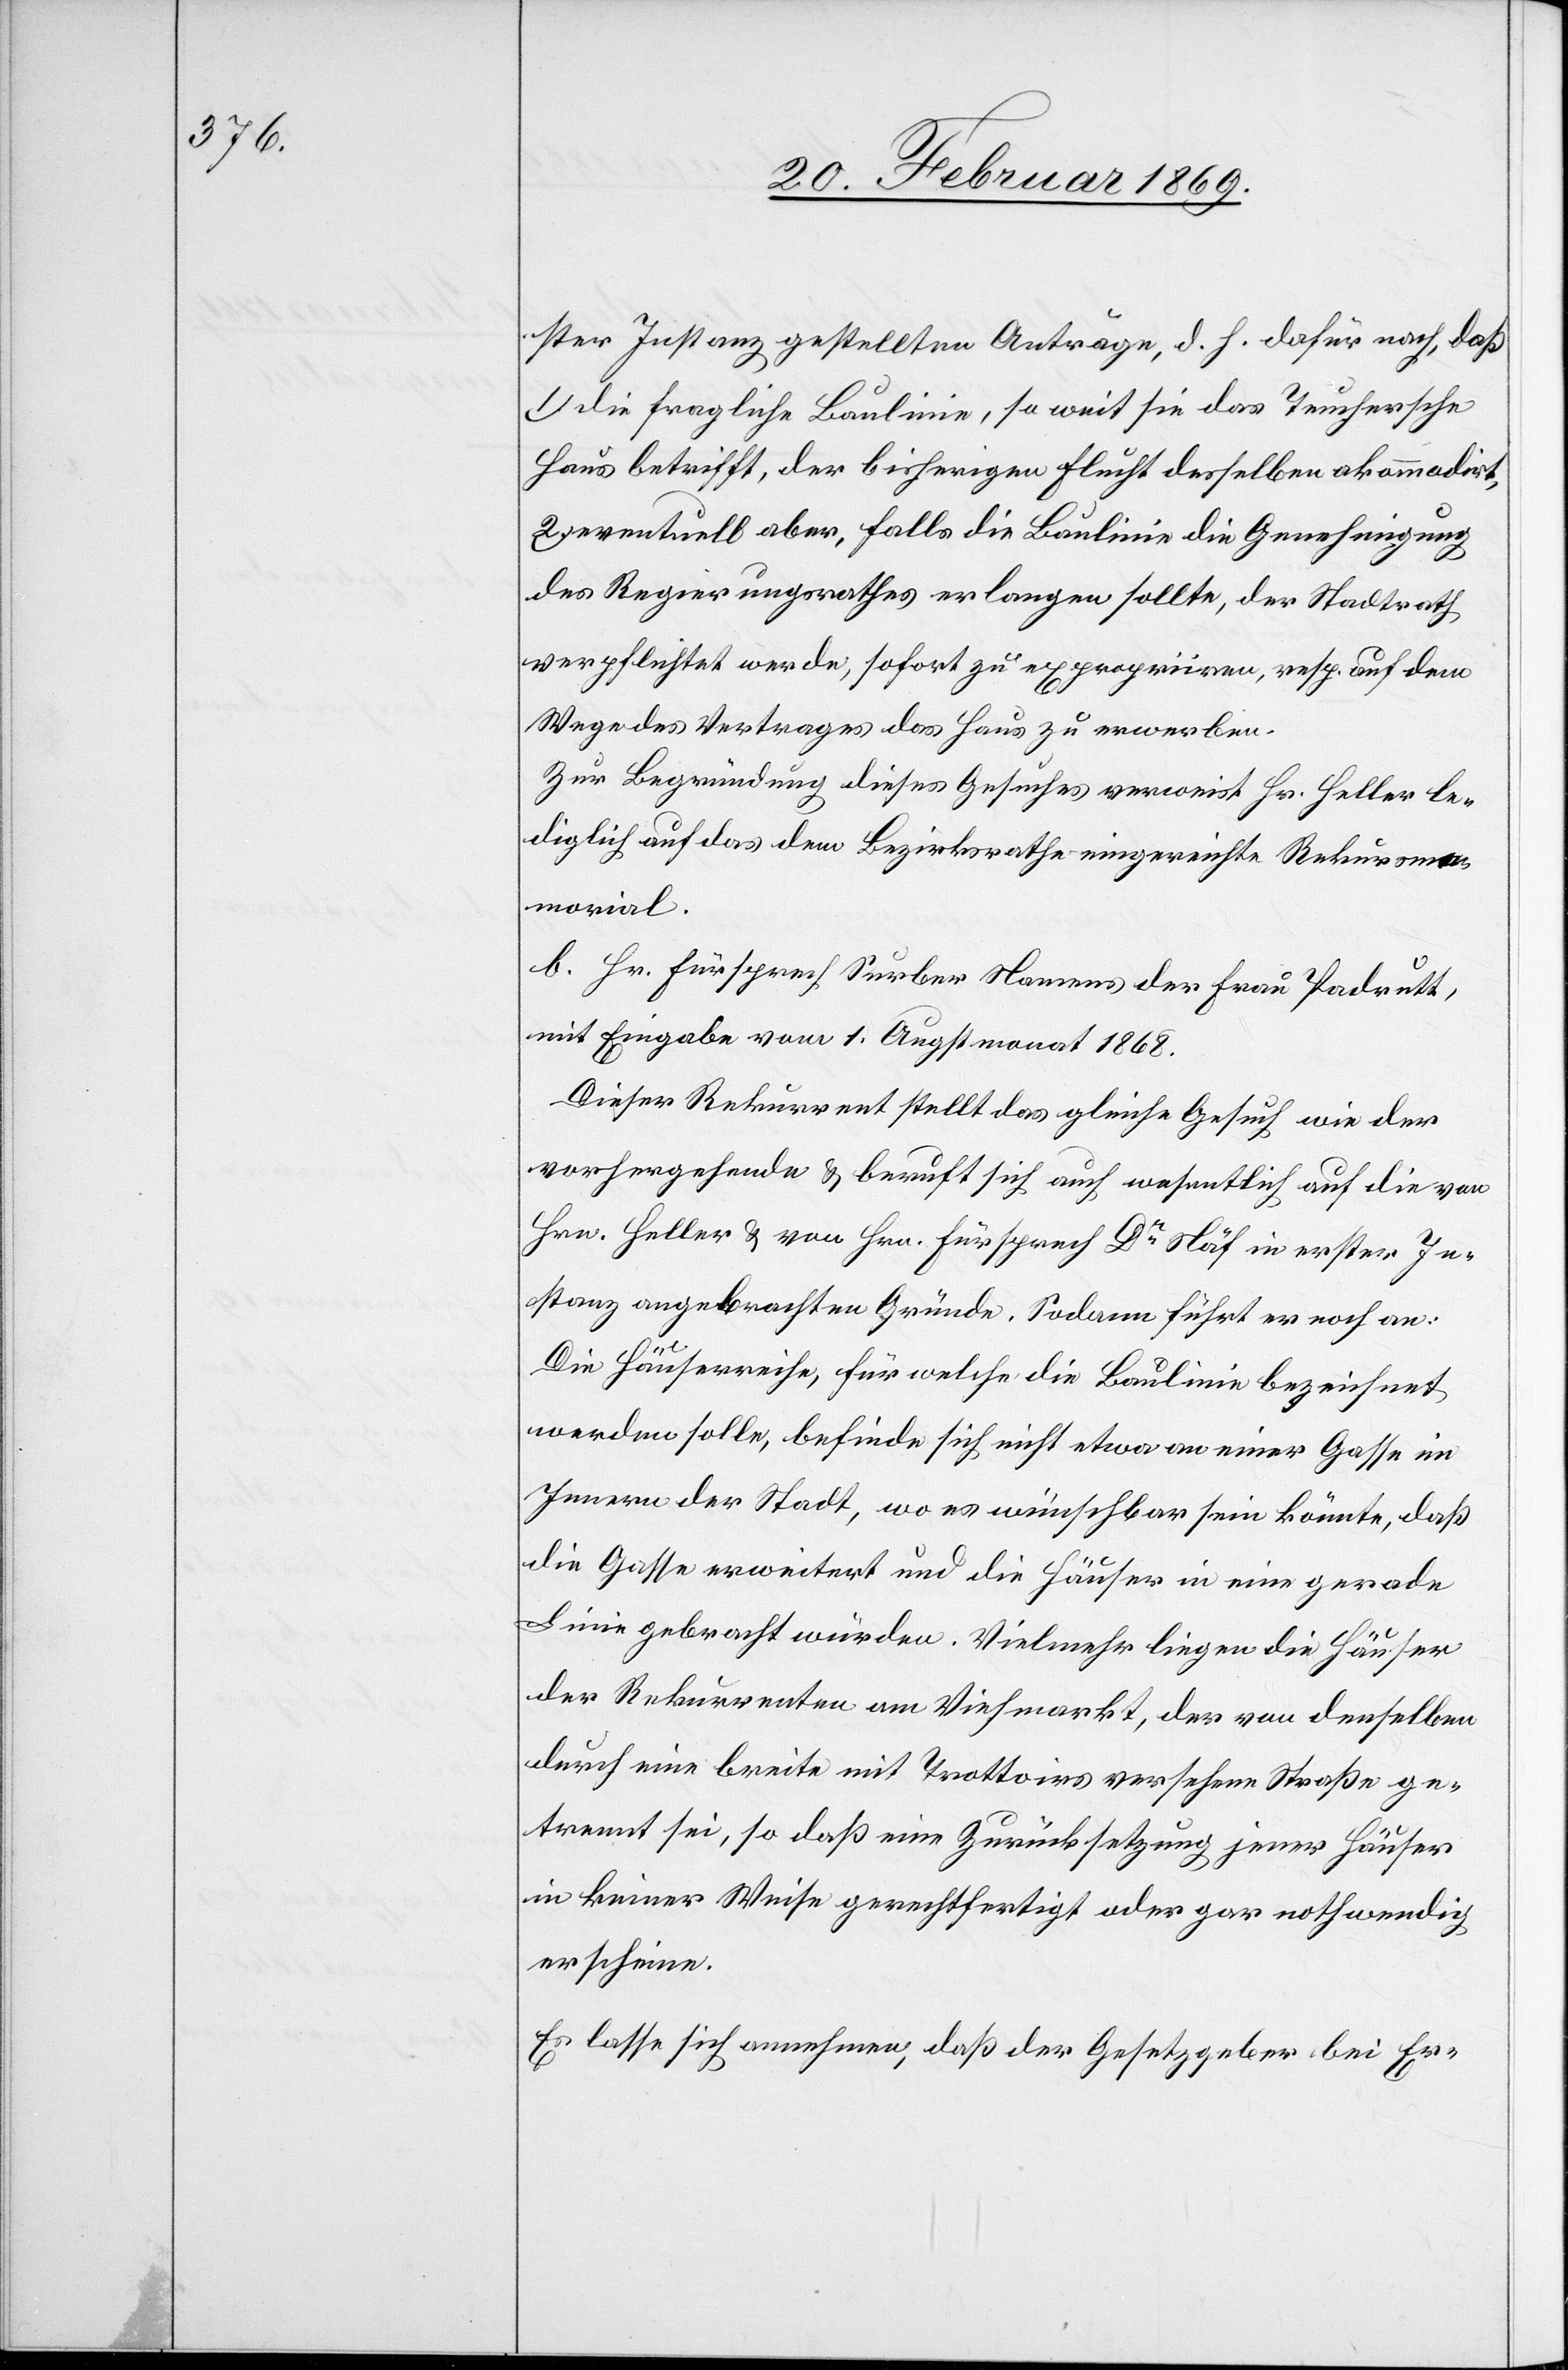
ster Instanz gestellten Anträge, d. h. dafür nach, daß
1.) die fragliche Baulinie, so weit sie das Teuchersche
Haus betrifft, der bisherigen Flucht desselben akommodirt,
eventuell aber, falls die Baulinie die Genehmigung
des Regierungsrathes erlangen sollte, der Stadtrath
verpflichtet werde, sofort zu expropriieren, resp. auf dem
Wege des Vertrages das Haus zu erwerben.
Zur Begründung dieses Gesuches verweist Hr. Heller le¬
diglich auf das dem Bezirksrathe eingereichte Rekursmat¬
erial.
B. Hr. Fürsprech Surber Namens der Frau Padrutt,
mit Eingabe vom 1. Augstmonat 1868.
Dieser Rekurrent stellt das gleiche Gesuch wie der
vorhergehende u. beruft sich auch wesentlich auf die von
Hrn. Heller u. von Hrn. Fürsprech Dr Näf in erster In¬
stanz angebrachten Gründe. Sodann führt er noch an:
Die Häuserreihe, für welche die Baulinie bezeichnet
werden solle, befinde sich nicht etwa an einer Gasse im
Innern der Stadt, wo es wünschbar sein könnte, daß
die Gasse erweitert und die Häuser in eine gerade
Linie gebracht würden. Vielmehr liegen die Häuser
der Rekurrenten am Viehmarkt, der von denselben
durch eine breite mit Trottoirs versehene Straße ge¬
trennt sei, so daß eine Zurücksetzung jener Häuser
in keiner Weise gerechtfertigt oder gar nothwendig
erscheine.
Es lasse sich annehmen, daß der Gesetzgeber bei Er-